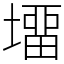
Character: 㙧